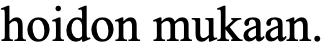
hoidon mukaan.